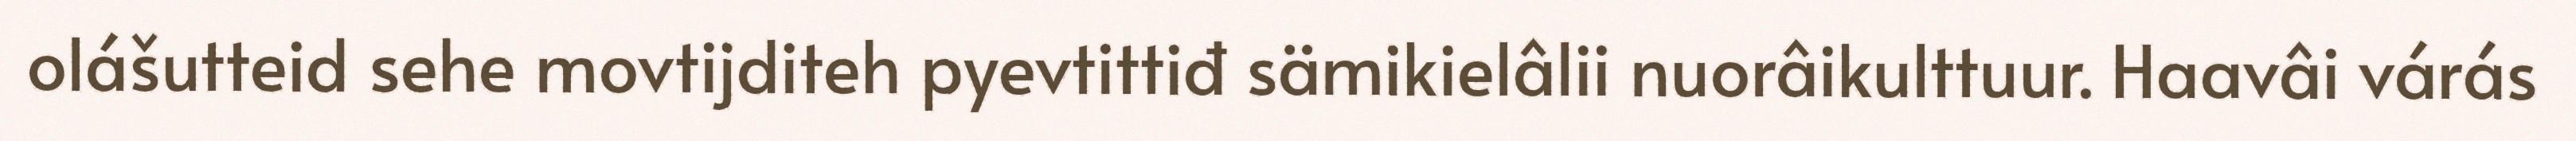
olášutteid sehe movtijditeh pyevtittiđ sämikielâlii nuorâikulttuur. Haavâi várás